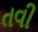
તવી